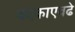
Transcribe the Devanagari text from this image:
बदकाएवढे